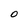
Character: O